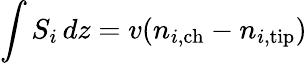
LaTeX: \int S_{i}\, dz=v(n_{i,\mathrm{ch}}-n_{i,\mathrm{tip}})